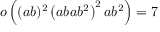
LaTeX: o \left( ( a b ) ^ { 2 } \left( a b a b ^ { 2 } \right) ^ { 2 } a b ^ { 2 } \right) = 7